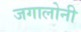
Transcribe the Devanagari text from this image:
जगालोनी